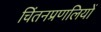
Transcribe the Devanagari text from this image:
चिंतनप्रणलियों